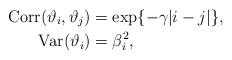
LaTeX: \begin{align*}\mathrm{Corr}(\vartheta_i, \vartheta_j) &= \exp\{ -\gamma|i-j |\},\\\mathrm{Var}(\vartheta_i) &= \beta_i^2, \end{align*}